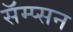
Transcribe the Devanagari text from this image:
सॅम्प्सन